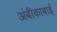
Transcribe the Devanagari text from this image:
अंबीकाबाई